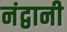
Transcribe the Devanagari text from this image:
नंद्वानी